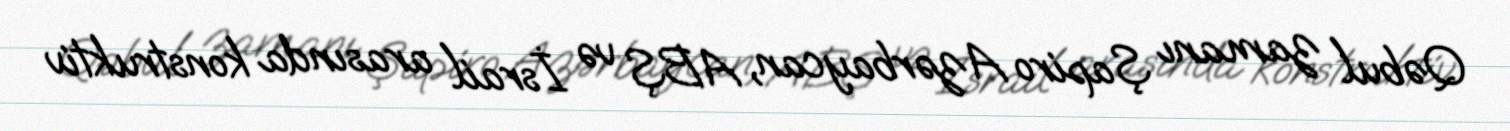
Qəbul zamanı Şapiro Azərbaycan, ABŞ və İsrail arasında konstruktiv